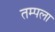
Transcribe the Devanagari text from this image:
तम्पला